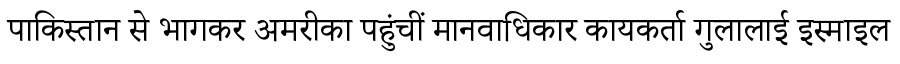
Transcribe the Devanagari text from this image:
पाकिस्तान से भागकर अमरीका पहुंचीं मानवाधिकार कायकर्ता गुलालाई इस्माइल